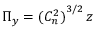
\Pi _ { y } = { ( C _ { n } ^ { 2 } ) } ^ { 3 / 2 } \, z